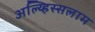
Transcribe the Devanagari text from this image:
अल्य्हिस्सलाम